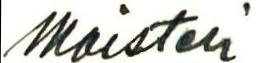
Maisteri